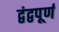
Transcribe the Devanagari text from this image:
द्वंद्वपूर्ण